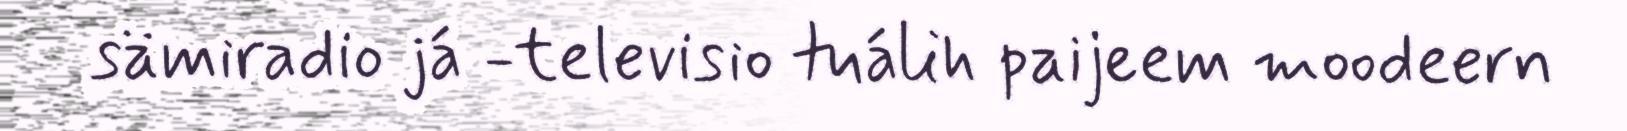
sämiradio já -televisio tuálih paijeem moodeern